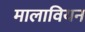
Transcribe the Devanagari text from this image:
मालावियन